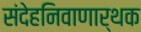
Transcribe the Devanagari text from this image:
संदेहनिवाणार्थक